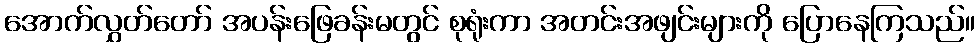
အောက်လွှတ်တော် အပန်းဖြေခန်းမတွင် စုရုံးကာ အတင်းအဖျင်းများကို ပြောနေကြသည်။